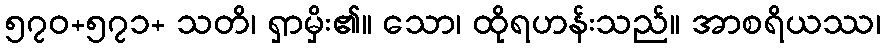
၅၇၀+၅၇၁+ သတိ၊ ရှာမှိး၏။ သော၊ ထိုရဟန်းသည်။ အာစရိယဿ၊